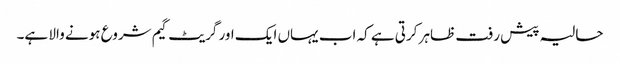
حالیہ پیش رفت ظاہر کرتی ہے کہ اب یہاں ایک اور گریٹ گیم شروع ہونے والا ہے۔